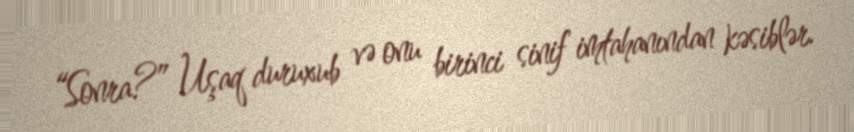
“Sonra?” Uşaq duruxub və onu birinci sinif imtahanından kəsiblər.